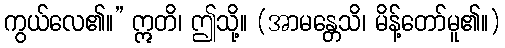
ကွယ်လေ၏။” ဣတိ၊ ဤသို့။ (အာမန္တေသိ၊ မိန့်တော်မူ၏။)